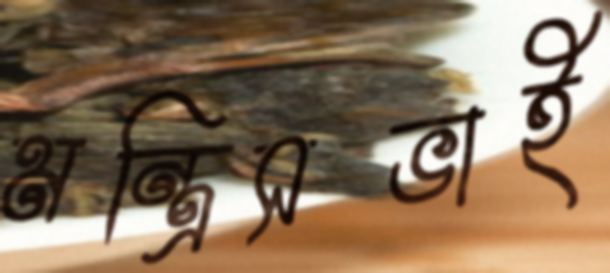
মন্ত্রিসভাই